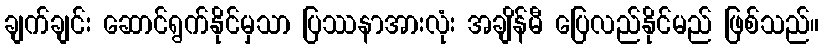
ချက်ချင်း ဆောင်ရွက်နိုင်မှသာ ပြဿနာအားလုံး အချိန်မီ ပြေလည်နိုင်မည် ဖြစ်သည်။